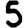
Digit: 5